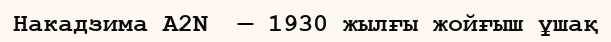
Накадзима A2N  — 1930 жылғы жойғыш ұшақ